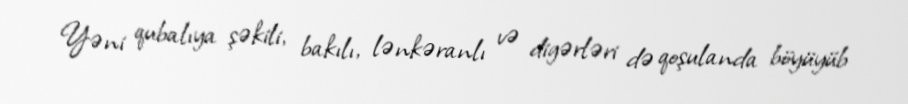
Yəni qubalıya şəkili, bakılı, lənkəranlı və digərləri də qoşulanda böyüyüb